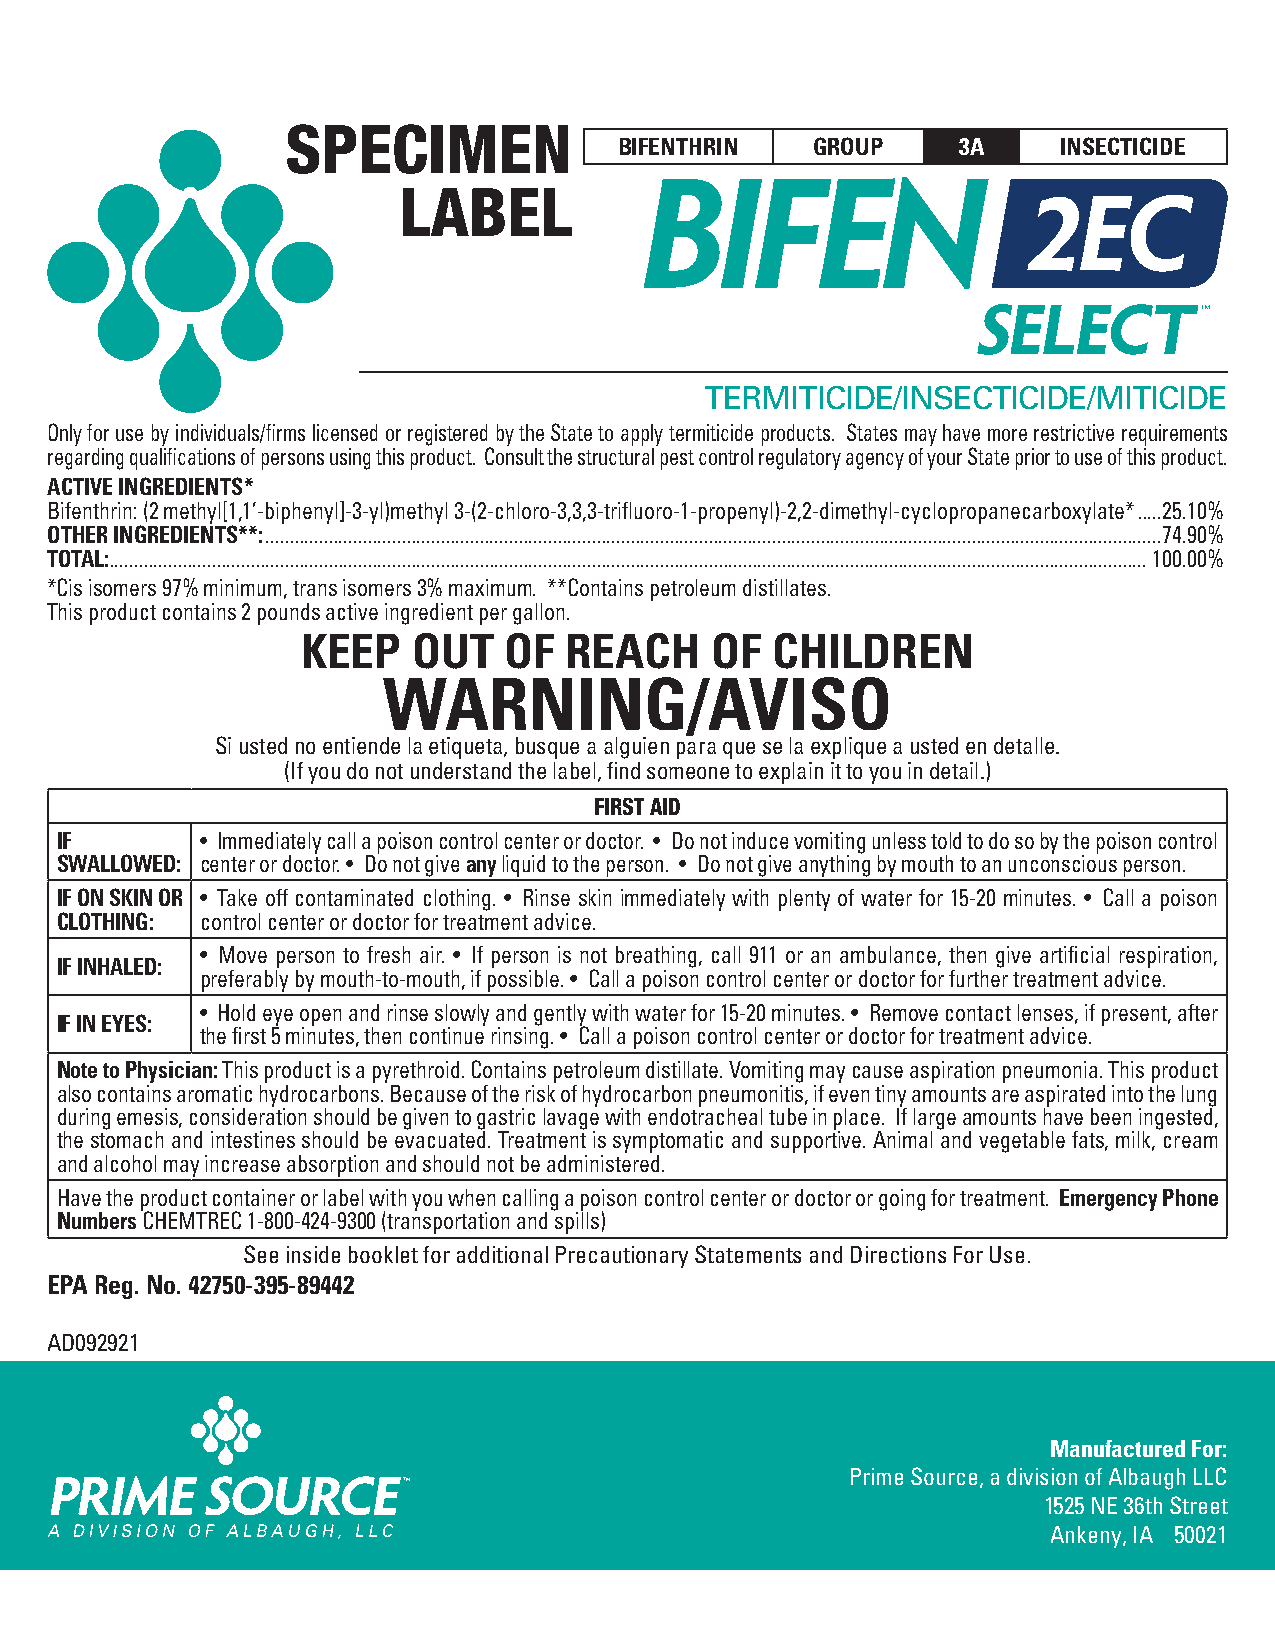
SPECIMEN
 BIFENTHRIN   GROUP    3A     INSECTICIDE
 LABEL
 TERMITICIDE/INSECTICIDE/MITICIDE
 Only for use by individuals/firms licensed or registered by the State to apply termiticide products. States may have more restrictive requirements
 regarding qualifications of persons using this product. Consult the structural pest control regulatory agency of your State prior to use of this product.
 ACTIVE INGREDIENTS*
 Bifenthrin: (2 methyl[1,1’-biphenyl]-3-yl)methyl 3-(2-chloro-3,3,3-trifluoro-1-propenyl)-2,2-dimethyl-cyclopropanecarboxylate* .....25.10%
 OTHER INGREDIENTS**: ........................................................................................................................................................................................74.90%
 TOTAL: ..................................................................................................................................................................................................................... 100.00%
 *Cis isomers 97% minimum, trans isomers 3% maximum. **Contains petroleum distillates.
 This product contains 2 pounds active ingredient per gallon.
 KEEP   OUT   OF  REACH     OF  CHILDREN
 WARNING/AVISO
 Si usted no entiende la etiqueta, busque a alguien para que se la explique a usted en detalle.
 (If you do not understand the label, find someone to explain it to you in detail.)
 FIRST AID
 IF       • Immediately call a poison control center or doctor. • Do not induce vomiting unless told to do so by the poison control
 SWALLOWED: center or doctor. • Do not give any liquid to the person. • Do not give anything by mouth to an unconscious person.
 IF ON SKIN OR • Take off contaminated clothing. • Rinse skin immediately with plenty of water for 15-20 minutes. • Call a poison
 CLOTHING: control center or doctor for treatment advice.
 • Move person to fresh air. • If person is not breathing, call 911 or an ambulance, then give artificial respiration,
 IF INHALED:
 preferably by mouth-to-mouth, if possible. • Call a poison control center or doctor for further treatment advice.
 • Hold eye open and rinse slowly and gently with water for 15-20 minutes. • Remove contact lenses, if present, after
 IF IN EYES:
 the first 5 minutes, then continue rinsing. • Call a poison control center or doctor for treatment advice.
 Note to Physician: This product is a pyrethroid. Contains petroleum distillate. Vomiting may cause aspiration pneumonia. This product
 also contains aromatic hydrocarbons. Because of the risk of hydrocarbon pneumonitis, if even tiny amounts are aspirated into the lung
 during emesis, consideration should be given to gastric lavage with endotracheal tube in place. If large amounts have been ingested,
 the stomach and intestines should be evacuated. Treatment is symptomatic and supportive. Animal and vegetable fats, milk, cream
 and alcohol may increase absorption and should not be administered.
 Have the product container or label with you when calling a poison control center or doctor or going for treatment. Emergency Phone
 Numbers CHEMTREC 1-800-424-9300 (transportation and spills)
 See inside booklet for additional Precautionary Statements and Directions For Use.
 EPA Reg. No. 42750-395-89442
 EPA Est. No. 42750-MO-02
 AD092921
 Manufactured For:
 Prime Source, a division of Albaugh LLC
 1525 NE 36th Street
 Ankeny, IA 50021